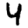
Digit: 4